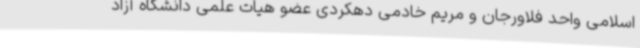
اسلامی واحد فلاورجان و مریم خادمی دهکردی عضو هیات علمی دانشگاه آزاد